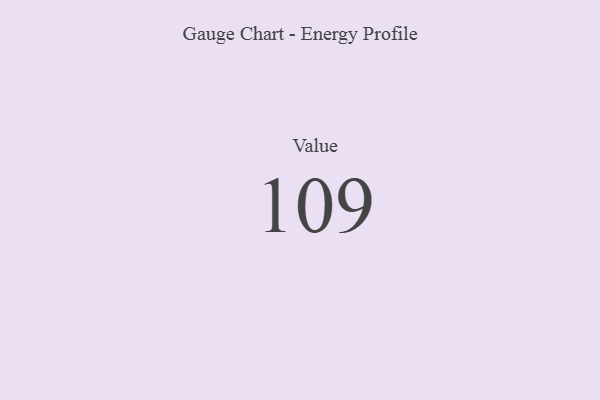
{"axis": {"x": "Metric", "y": "Value"}, "legend": [""], "data": [{"x": "Value", "y": 109, "type": ""}]}